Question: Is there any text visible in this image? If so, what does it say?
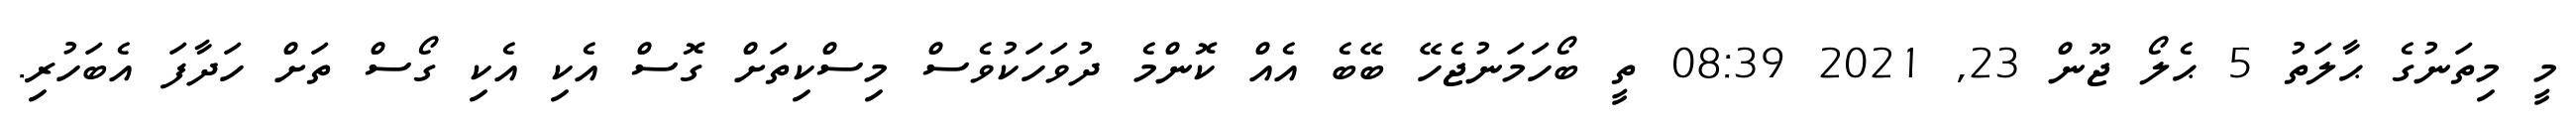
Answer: މީ މިތަނުގެ ޙާލަތު 5 ޙެލޯ ޖޫން 23, 2021 08:39 ތީ ބޯހަމަނުޖެހޭ ބޭބެ އެއް ކޮންމެ ދުވަހަކުވެސް މިސްކިތަށް ގޮސް އެކި އެކި ގޯސް ތަށް ހަދާފަ އެބަހުރި.